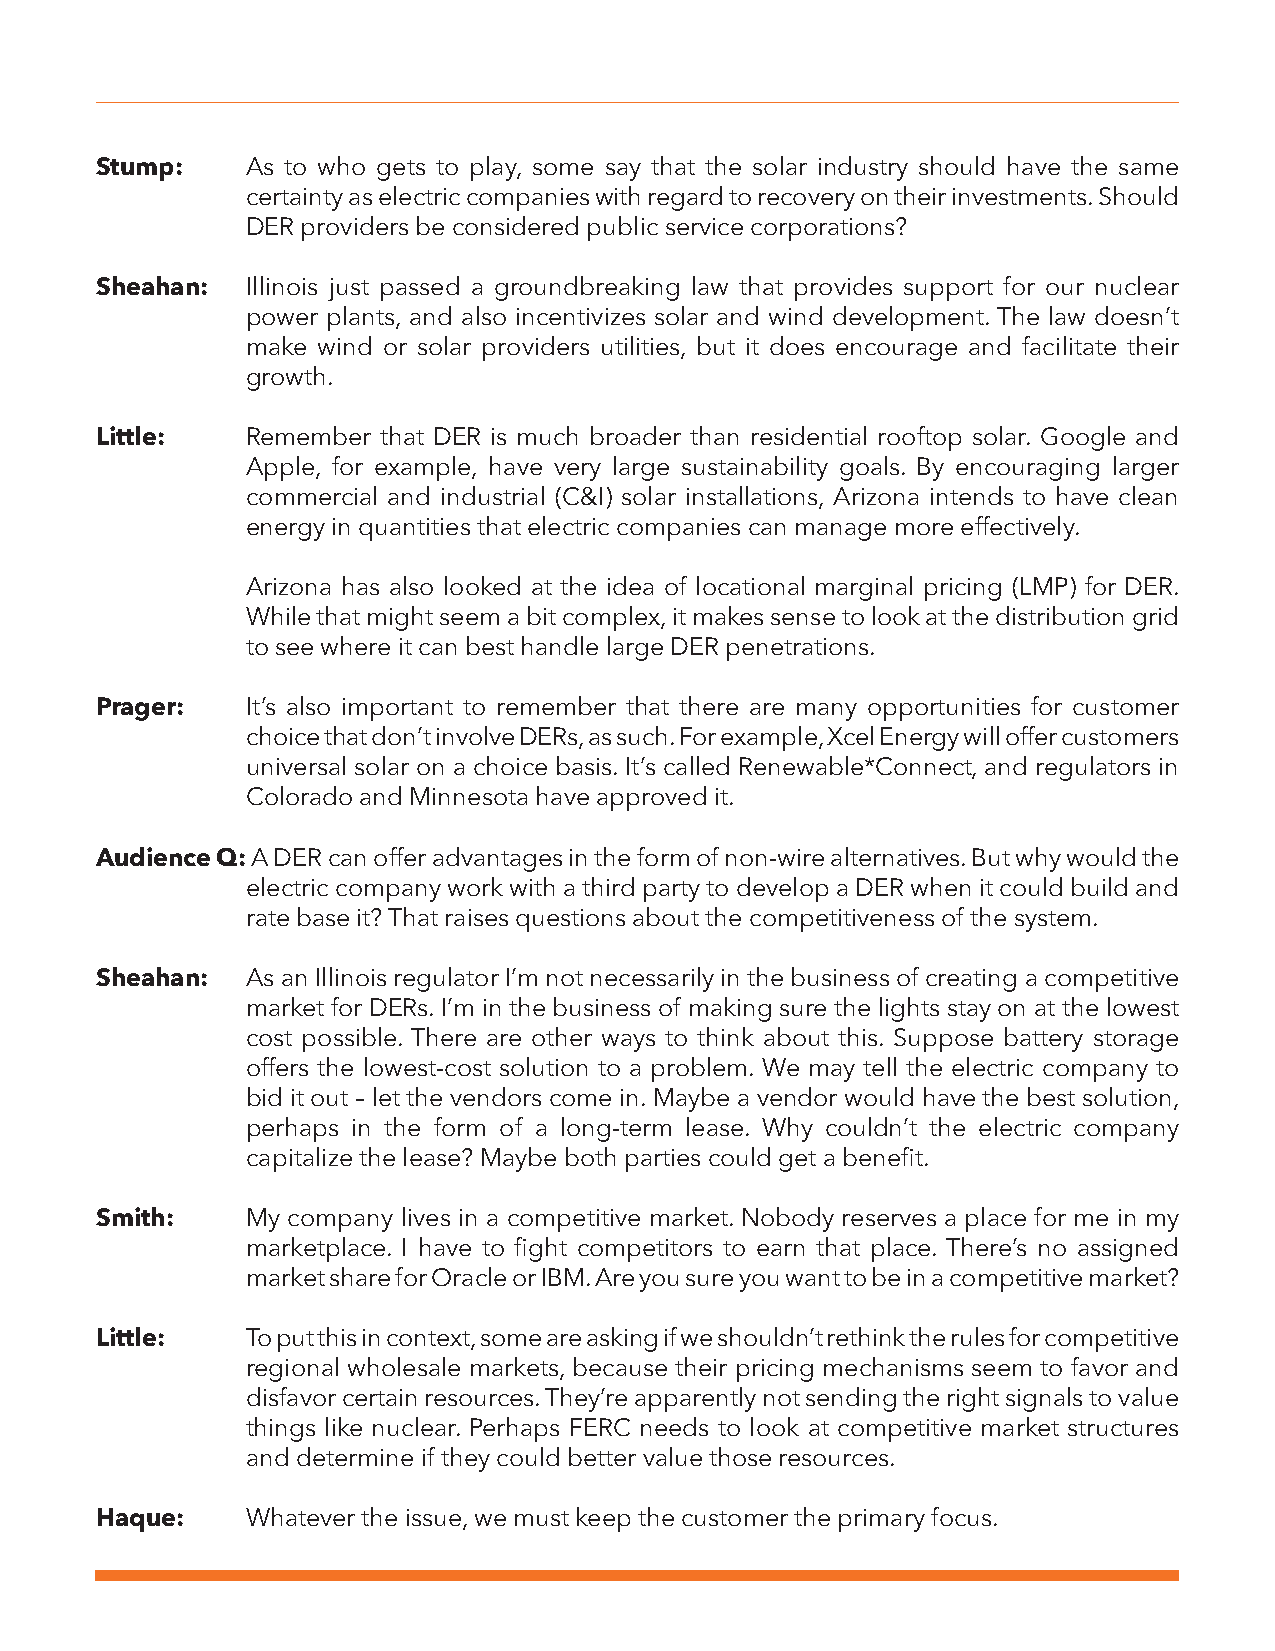
Stump:    As to who gets to play, some say that the solar industry should have the same
 certainty as electric companies with regard to recovery on their investments. Should
 DER providers be considered public service corporations?
 Sheahan:  Illinois just passed a groundbreaking law that provides support for our nuclear
 power plants, and also incentivizes solar and wind development. The law doesn’t
 make wind or solar providers utilities, but it does encourage and facilitate their
 growth.
 Little:   Remember that DER is much broader than residential rooftop solar. Google and
 Apple, for example, have very large sustainability goals. By encouraging larger
 commercial and industrial (C&I) solar installations, Arizona intends to have clean
 energy in quantities that electric companies can manage more effectively.
 Arizona has also looked at the idea of locational marginal pricing (LMP) for DER.
 While that might seem a bit complex, it makes sense to look at the distribution grid
 to see where it can best handle large DER penetrations.
 Prager:   It’s also important to remember that there are many opportunities for customer
 choice that don’t involve DERs, as such. For example, Xcel Energy will offer customers
 universal solar on a choice basis. It’s called Renewable*Connect, and regulators in
 Colorado and Minnesota have approved it.
 Audience Q: A DER can offer advantages in the form of non-wire alternatives. But why would the
 electric company work with a third party to develop a DER when it could build and
 rate base it? That raises questions about the competitiveness of the system.
 Sheahan:  As an Illinois regulator I’m not necessarily in the business of creating a competitive
 market for DERs. I’m in the business of making sure the lights stay on at the lowest
 cost possible. There are other ways to think about this. Suppose battery storage
 offers the lowest-cost solution to a problem. We may tell the electric company to
 bid it out – let the vendors come in. Maybe a vendor would have the best solution,
 perhaps in the form of a long-term lease. Why couldn’t the electric company
 capitalize the lease? Maybe both parties could get a benefit.
 Smith:    My company lives in a competitive market. Nobody reserves a place for me in my
 marketplace. I have to fight competitors to earn that place. There’s no assigned
 market share for Oracle or IBM. Are you sure you want to be in a competitive market?
 Little:   To put this in context, some are asking if we shouldn’t rethink the rules for competitive
 regional wholesale markets, because their pricing mechanisms seem to favor and
 disfavor certain resources. They’re apparently not sending the right signals to value
 things like nuclear. Perhaps FERC needs to look at competitive market structures
 and determine if they could better value those resources.
 Haque:    Whatever the issue, we must keep the customer the primary focus.